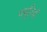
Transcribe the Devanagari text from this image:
फ्युरियाँ